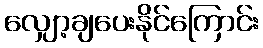
လျှော့ချပေးနိုင်ကြောင်း